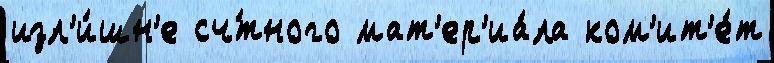
изл'и́шн'е сч́тного мат'ер'иа́ла ком'ит'е́т